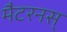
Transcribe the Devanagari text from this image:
मैटरनस्